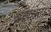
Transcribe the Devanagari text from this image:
लखनेटा